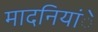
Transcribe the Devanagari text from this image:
मादनियांे